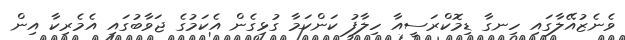
ވެނެޒުއޭލާގައި ހިނގާ ޑިމޮކްރަސީއާ ހިލާފު ކަންކަމާ ގުޅިގެން އެކަމުގެ ޖަވާބުގައި އެމެރިކާ އިން